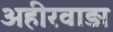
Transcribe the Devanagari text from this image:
अहीरवाड़ा